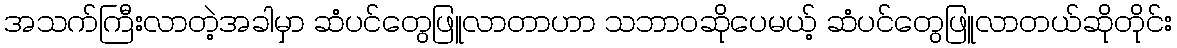
အသက်ကြီးလာတဲ့အခါမှာ ဆံပင်တွေဖြူလာတာဟာ သဘာဝဆိုပေမယ့် ဆံပင်တွေဖြူလာတယ်ဆိုတိုင်း